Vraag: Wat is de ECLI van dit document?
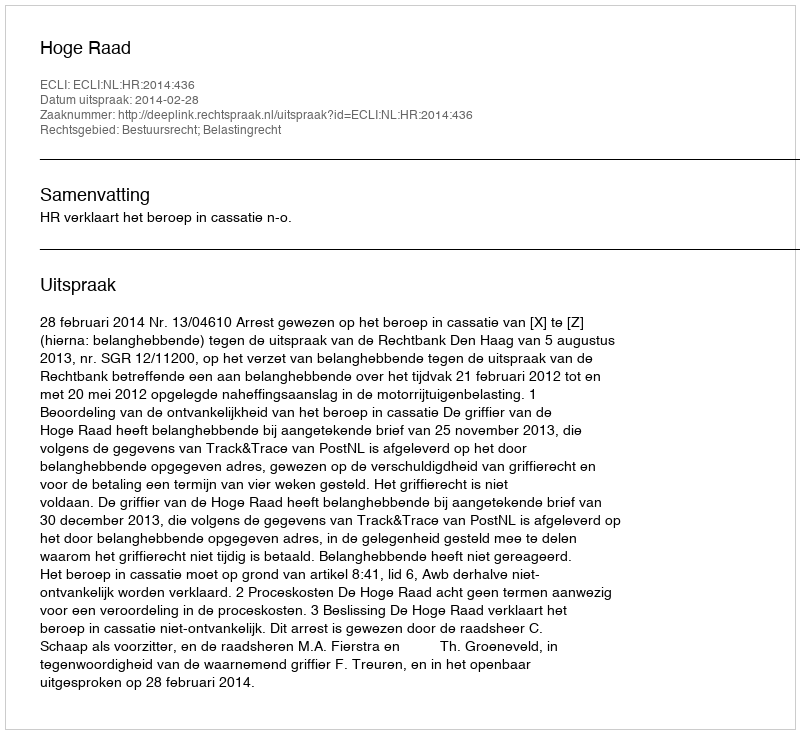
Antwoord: ECLI:NL:HR:2014:436